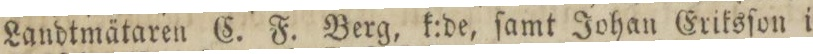
Landtmätaren C. F. Berg, k:de, ſamt Johan Eriksſon i